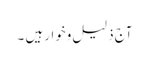
آج ذلیل وخوار ہیں ۔